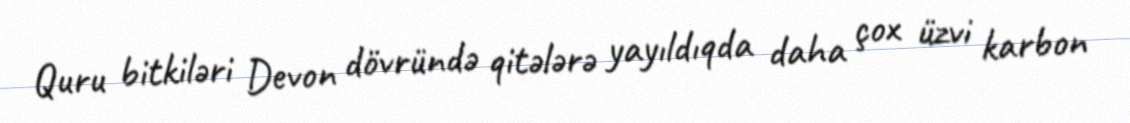
Quru bitkiləri Devon dövründə qitələrə yayıldıqda daha çox üzvi karbon